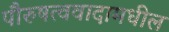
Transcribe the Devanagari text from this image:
पौरुषत्ववादामधील